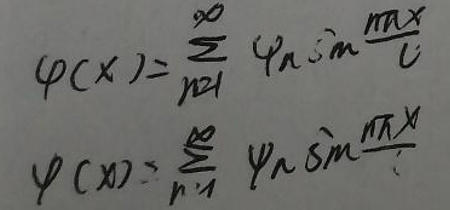
\[
\varphi(x)=\sum_{n = 1}^{\infty} \varphi_{n} \sin \frac{n \pi x}{l}
\]
\[
\varphi(x)=\sum_{n = 1}^{\infty} \varphi_{n} \sin \frac{n \pi x}{l}
\]